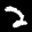
Label: 2